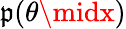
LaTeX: \mathfrak{p}(\theta\midx)